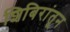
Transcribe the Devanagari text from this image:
शिबिरांतून